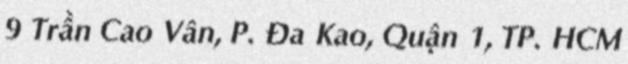
9 Trần Cao Vân, P. Đa Kao, Quận 1, TP. HCM